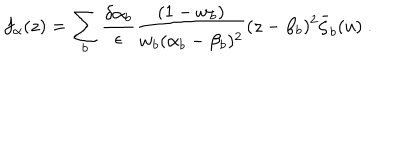
LaTeX: f _ { \alpha } ( z ) = \sum _ { b } \frac { \delta \alpha _ { b } } { \epsilon } \frac { ( 1 - w _ { b } ) } { w _ { b } ( \alpha _ { b } - \beta _ { b } ) ^ { 2 } } ( z - \beta _ { b } ) ^ { 2 } \bar { \zeta } _ { b } ( u ) \ .